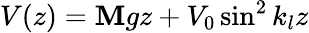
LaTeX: V(z)=\mathbf{M}gz+V_{0}\sin^{2}k_{l}z